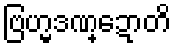
ဗြဟ္မဒဏ္ဍောတိ